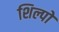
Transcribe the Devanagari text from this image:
शिल्पो